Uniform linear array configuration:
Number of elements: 8
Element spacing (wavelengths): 0.5
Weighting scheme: uniform
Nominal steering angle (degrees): -15
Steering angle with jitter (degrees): -15.967
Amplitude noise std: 0.05
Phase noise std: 0.05

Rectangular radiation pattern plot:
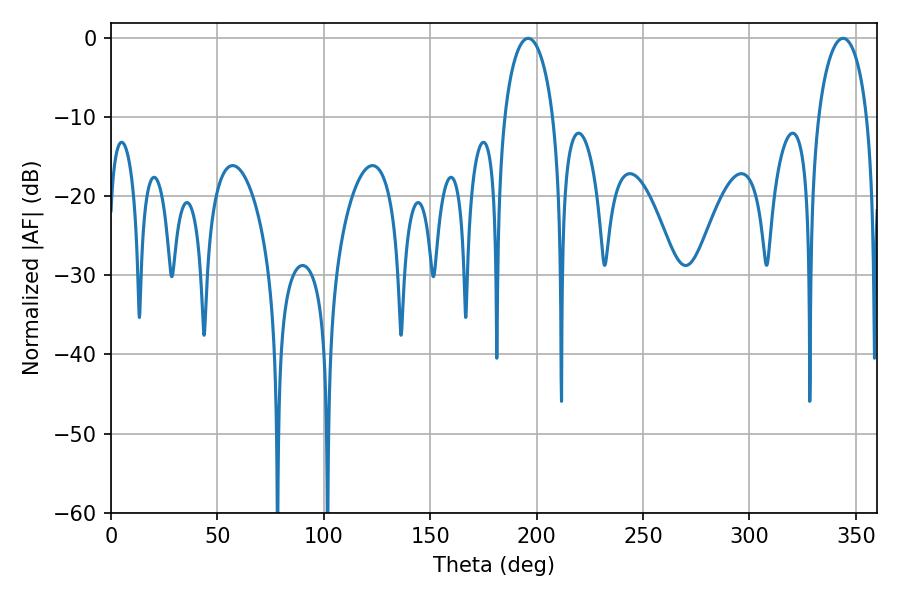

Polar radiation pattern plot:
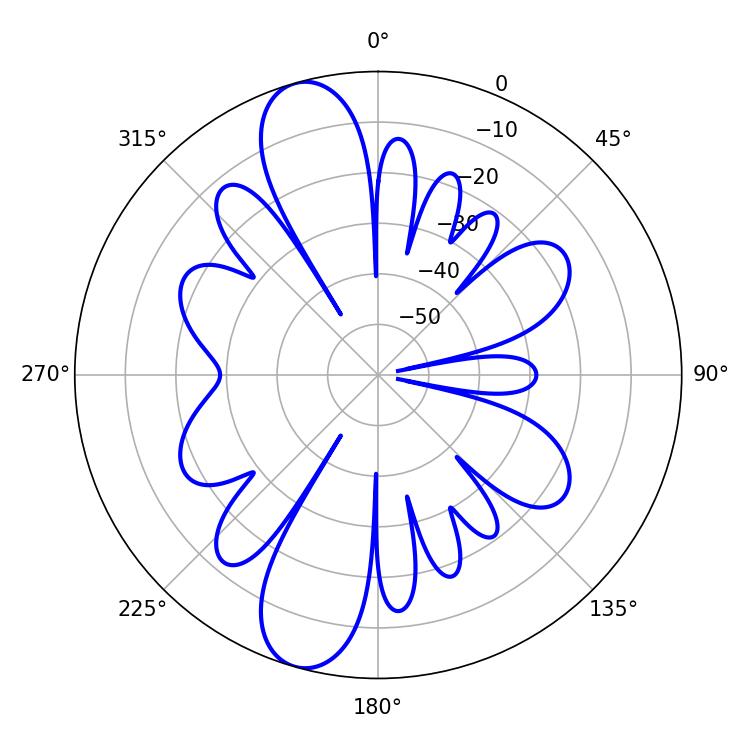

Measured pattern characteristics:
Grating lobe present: FALSE
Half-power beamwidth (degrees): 13.14
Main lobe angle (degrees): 196.02